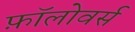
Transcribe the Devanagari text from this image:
फ़ॉलोवर्स